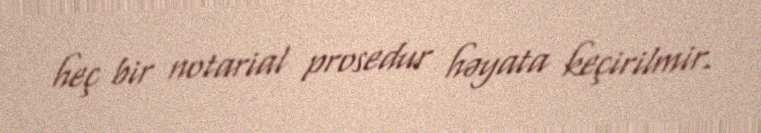
heç bir notarial prosedur həyata keçirilmir.